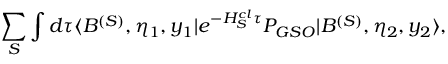
\sum _ { S } \int d \tau \langle B ^ { ( S ) } , \eta _ { 1 } , y _ { 1 } | e ^ { - H _ { S } ^ { c l } \tau } P _ { G S O } | B ^ { ( S ) } , \eta _ { 2 } , y _ { 2 } \rangle ,